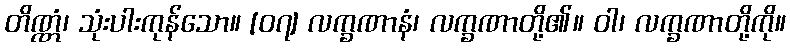
တိဏ္ဏံ၊ သုံးပါးကုန်သော။ [၀၇] လက္ခဏာနံ၊ လက္ခဏာတို့၏။ ဝါ၊ လက္ခဏာတို့ကို။